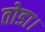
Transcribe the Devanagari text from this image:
तोडा।